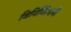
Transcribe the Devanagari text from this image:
विनिर्मित्यनी